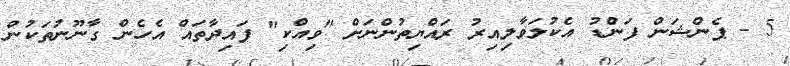
5 - ޕެންޝަން ފަންޑު އެކުލަވާލިއިރު ރައްޔިތުންނަށް "ވިއްކި" ފައިދާތައް އެހެން ގާނޫނުތަކުން